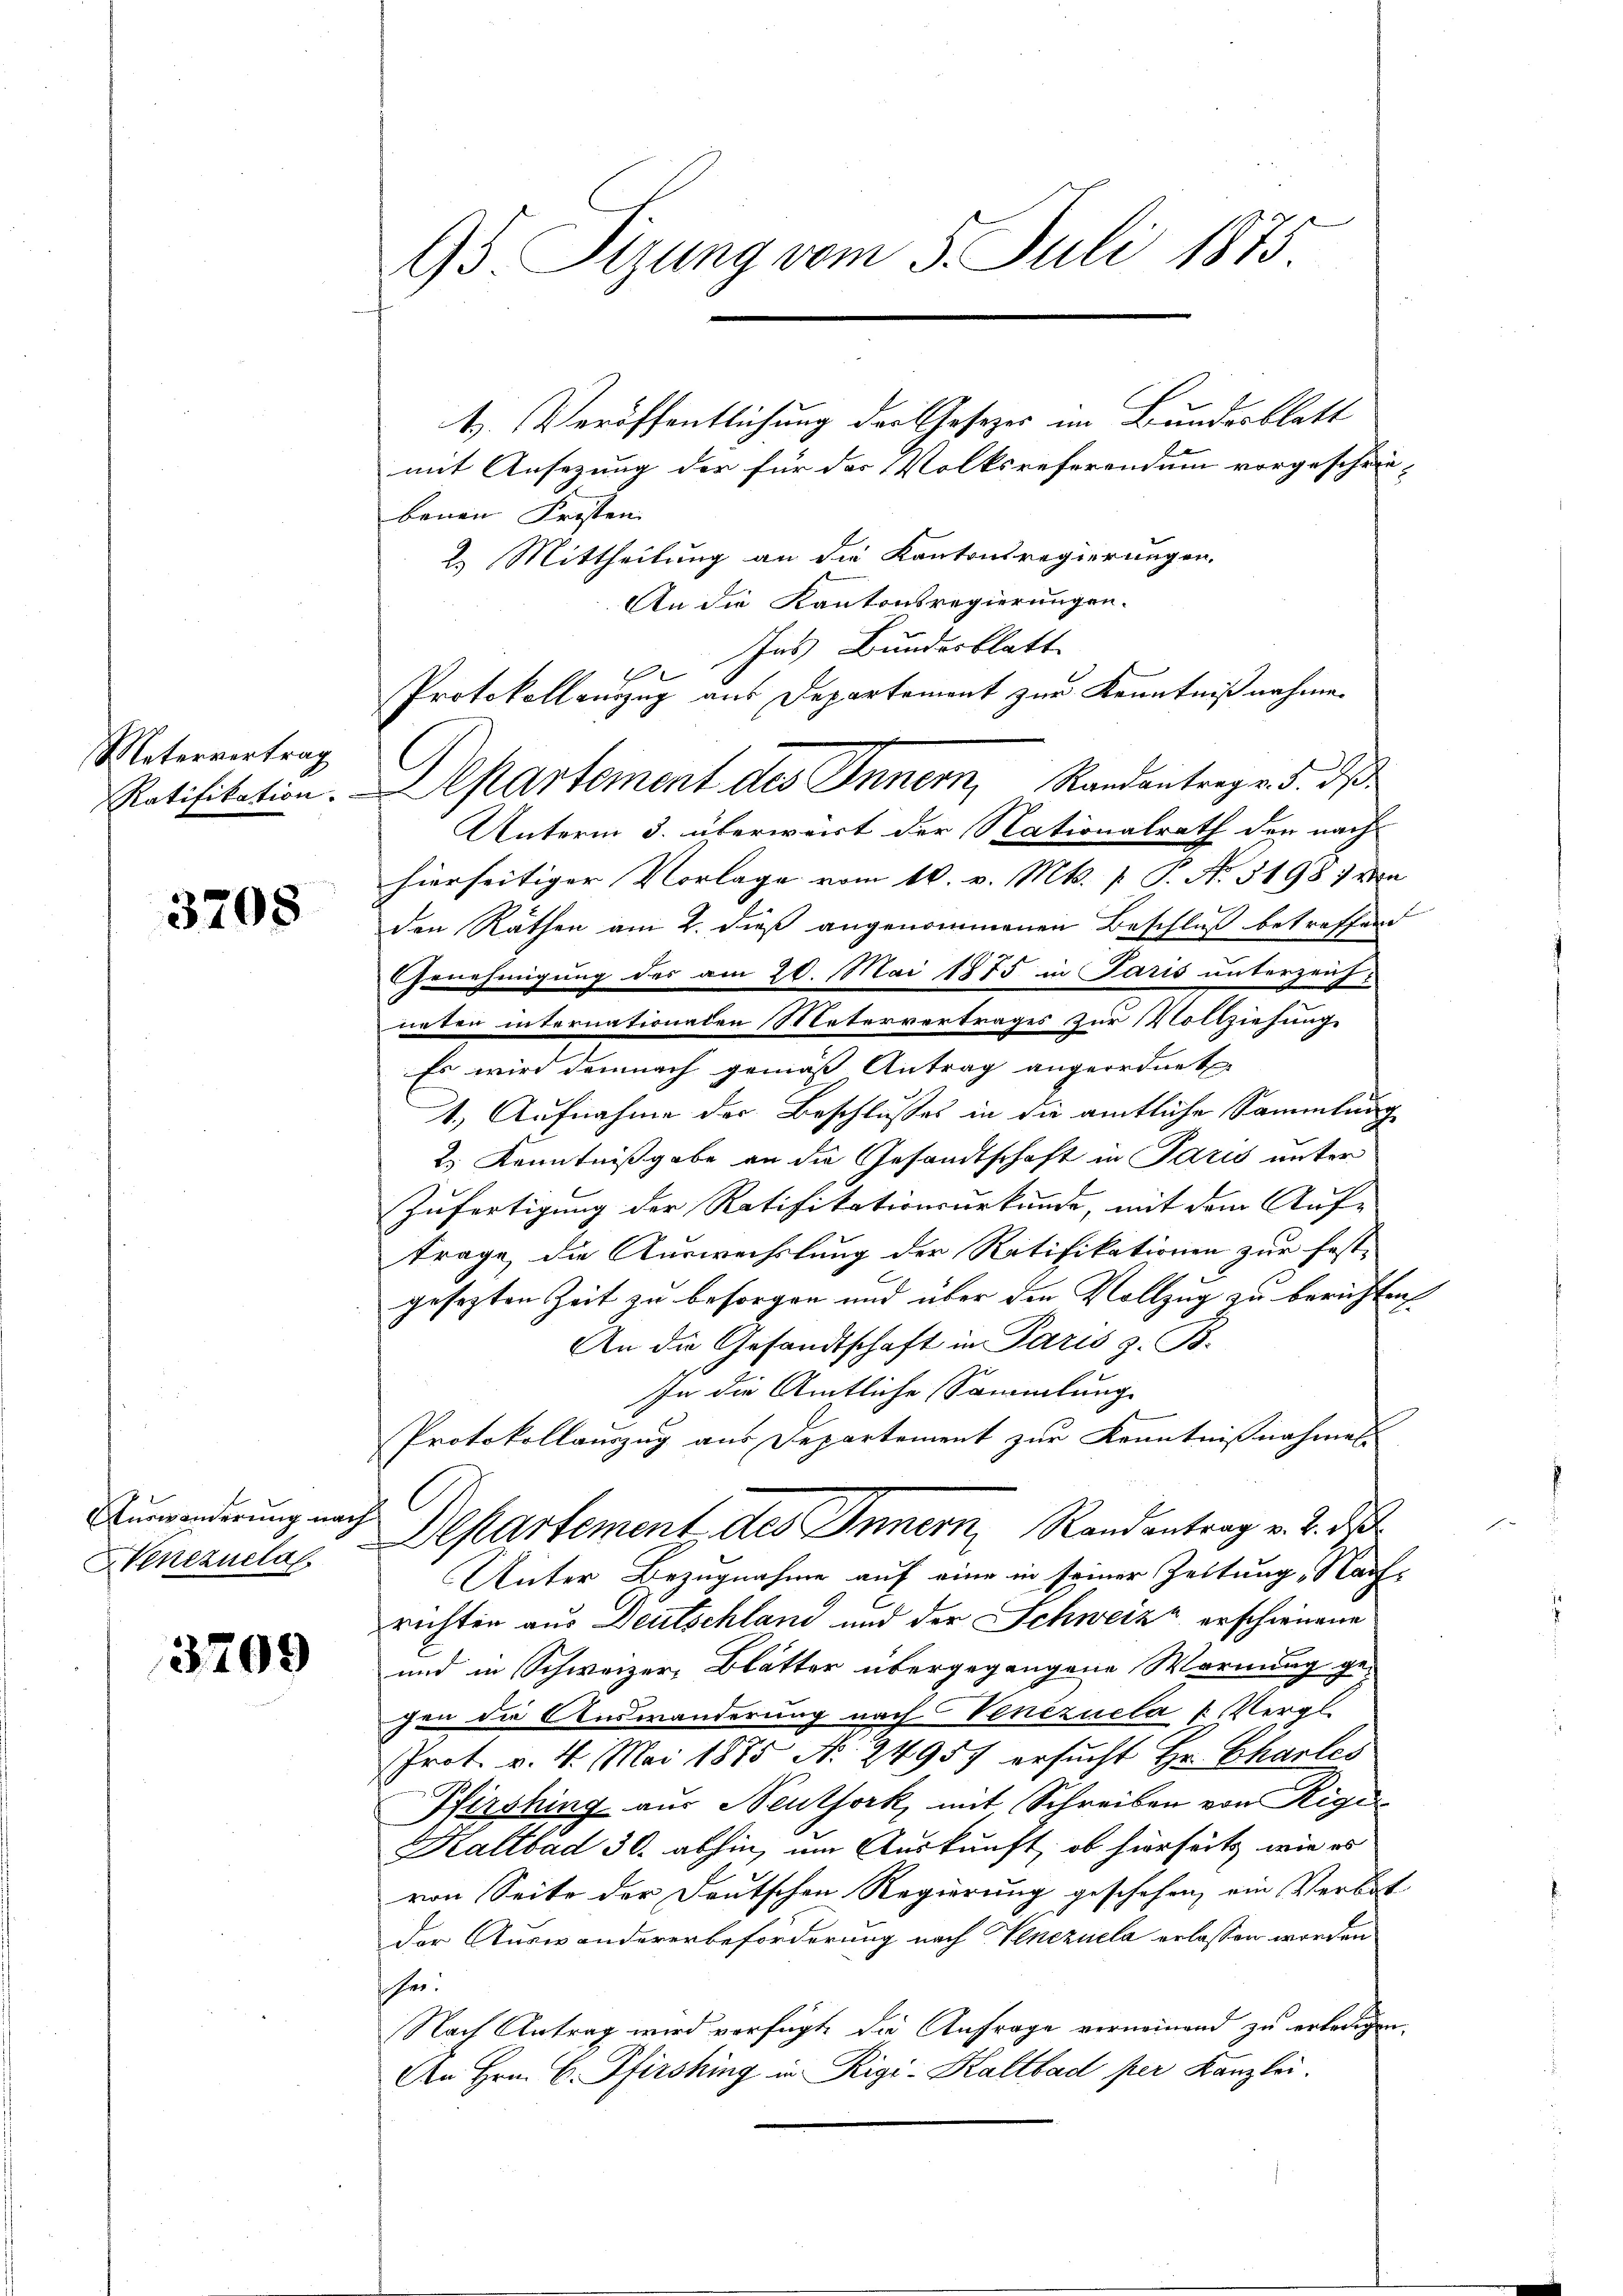
Metervertrag
Ratifikation.

3708

Auswanderung nach
Henezuelal

3709

95. Sizung vom 5. Juli 1873

t. Veröffentlichung der Gesetzes im Bundesblatt
mit Ansezung der für das Volksreferendum vorgeschrie-
benen Fristen |
2. Mittheilung an die Kantonsregierungen.
An die Kantonsregierungen.
Ins Bundesblatt
e
Protokollauszug aus Departement zur Kenntnißnahme.
Unterm 3. überweit der Nationalrath den nach
hierseitiger Vorlage vom 10. v. Mts. p. P. Nr. 31981 von
den Räthen am 2. dieß angenommenen Beschluß betreffend
.
Genehmigung des am 20. Mai 1875 in Paris unterzeich-
neten internationalen Metervertrages zur Vollziehung
Es wird demnach gemäß Antrag angeordnet
1.) Aufnahme der Beschlusses in die amtliche Sammlung
2.) Kenntnißgabe an die Gesandtschaft in Paris unter
Zufertigung der Ratifikationsurkunde, mit dem Auf-
trage, die Auswechslung der Ratifikationen zur fest-
gesezten Zeit zu besorgen und über den Vollzug zu berichten.
An die Gesandtschaft in Paris z. B.
In die Amtliche Sammlung
Protokollauszug aus Departement zur Kenntnißnahmes
Departement des Innern, Randantrag v. 2. de
Unter Bezugnahme auf eine in seiner Zeitung „Nach-
richten aus Deutschland und der Schweiz erschienene
und in Schweizer-Blätter übergegangene Wornung ge-
chen die Auswanderung nach Venezuela [Vergl
Prot. v. 4. Mai 1875 No 24957 ersucht Hr. Charles
Pfirshing aus Neuthork, mit Schreiben von Rigi
Kaltbad 30. abhin, um Auskunft, ob hierseits, wie es
von Seite der Deutschen Regierung geschehen, ein Verbot
Der Auswandererbeförderung nach Venezuela erlassen worden
her.
Nach Antrag wird verfügt die Anfrage verneinand zu erledigen.
An Hrn. C. Pfirshing in Rigi-Kaltbad per Kanzlei.

Departement des Inner, Randantrage d. d